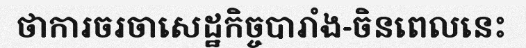
ថាការចរចាសេដ្ឋកិច្ចបារាំង-ចិនពេលនេះ